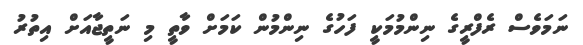
ނަމަވެސް ރެފްރީގެ ނިންމުމަކީ ފަހުގެ ނިންމުން ކަމަށް ވާތީ މި ނަތީޖާއަށް އިތުރު